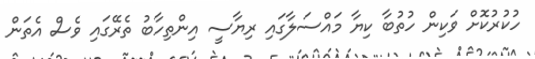
ހުކުރުކޮށް ވަކިން ހުތުބާ ކިޔާ މައްސަލާގައި ރިޔާސީ އިންތިހާބު ތެރޭގައި ވެސް އެތަން